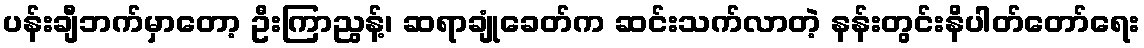
ပန်းချီဘက်မှာတော့ ဦးကြာညွန့်၊ ဆရာချုံခေတ်က ဆင်းသက်လာတဲ့ နန်းတွင်းနိပါတ်တော်ရေး